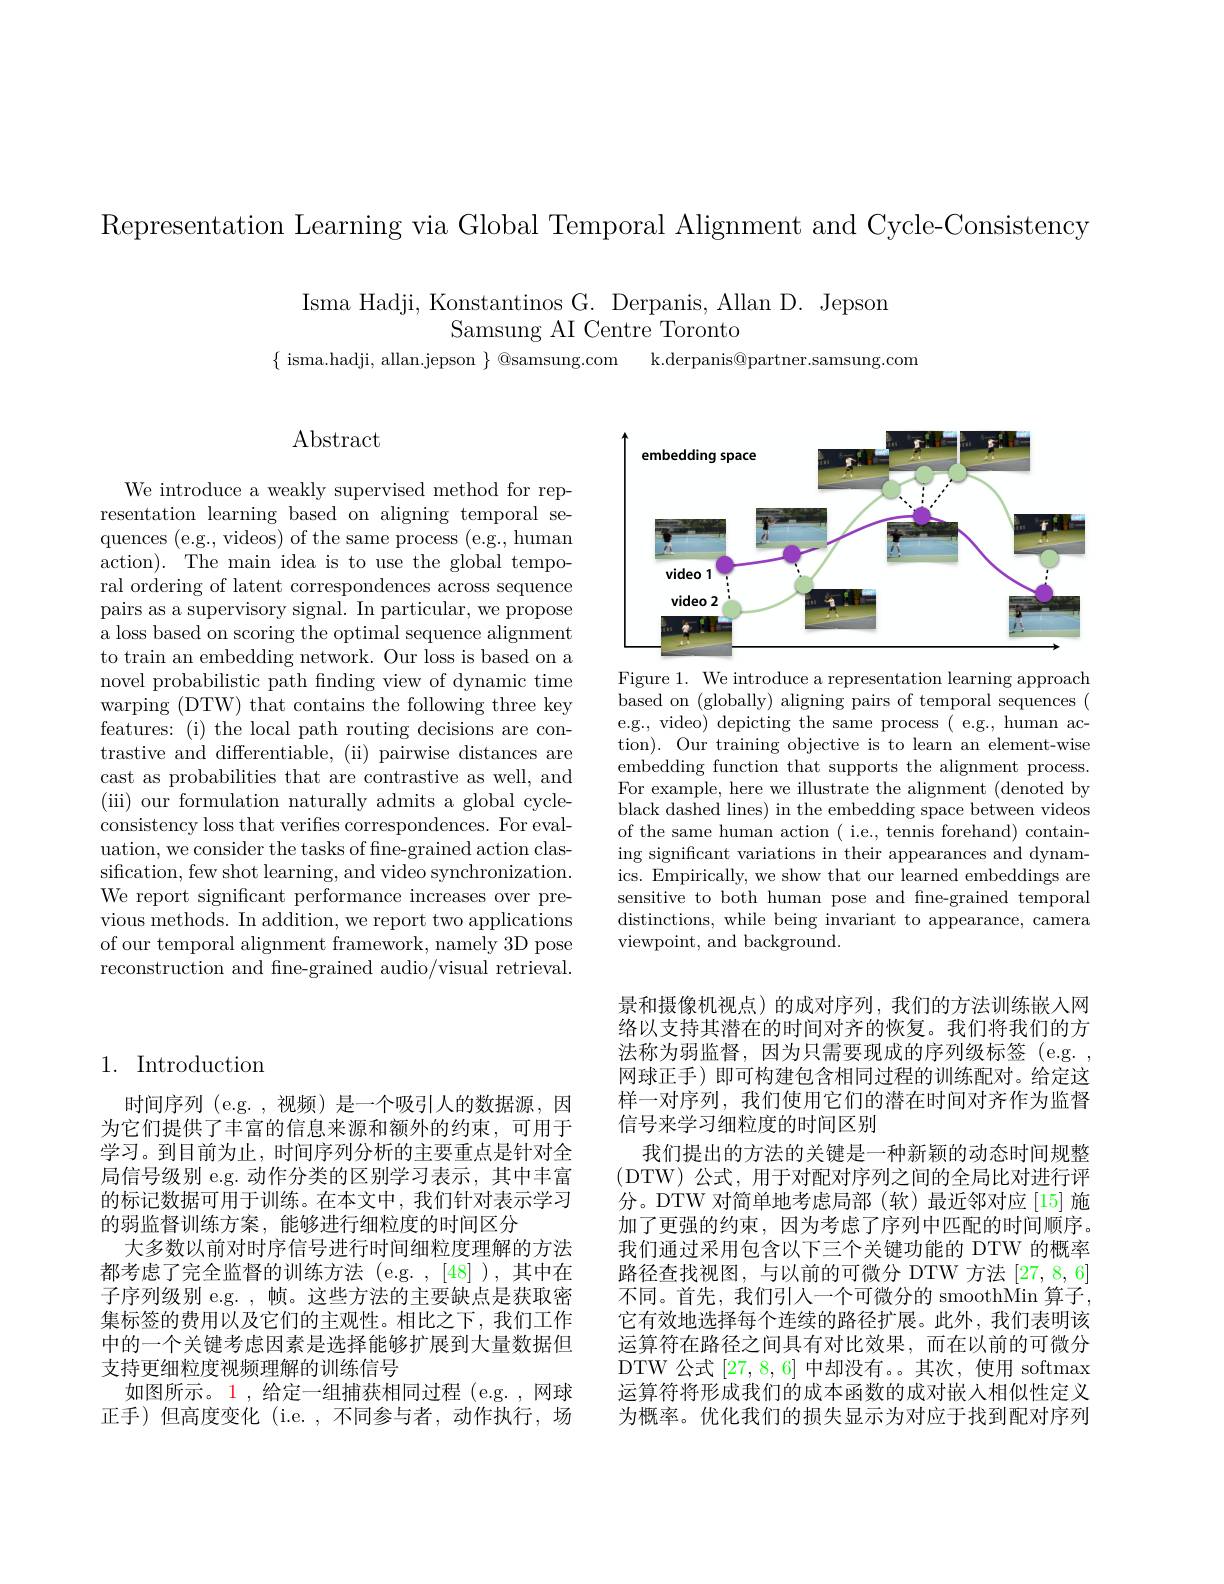
Representation Learning via Global Temporal Alignment and Cycle-Consistency

Isma Hadji, Konstantinos G. Derpanis, Allan D. Jepson
Samsung AI Centre Toronto

$\{$ isma.hadji, allan.jepson $\}$ @samsung.com

k.derpanis@partner.samsung.com

## 1. Introduction

时间序列 (e.g. ,视频) 是一个吸引人的数据源，因为它们提供了丰富的信息来源和额外的约束，可用于学习。到目前为止，时间序列分析的主要重点是针对全局信号级别 e.g. 动作分类的区别学习表示，其中丰富的标记数据可用于训练。在本文中，我们针对表示学习的弱监督训练方案，能够进行细粒度的时间区分
大多数以前对时序信号进行时间细粒度理解的方法都考虑了完全监督的训练方法(e.g.,[48]),其中在子序列级别 e.g. , 帧。这些方法的主要缺点是获取密集标签的费用以及它们的主观性。相比之下，我们工作中的一个关键考虑因素是选择能够扩展到大量数据但支持更细粒度视频理解的训练信号
如图所示。1,给定一组捕获相同过程(e.g.,网球正手)但高度变化 (i.e.,不同参与者，动作执行，场

# $\operatorname{Abstract}$

We introduce a weakly supervised method for representation learning based on aligning temporal sequences (e.g., videos) of the same process (e.g., human action). The main idea is to use the global temporal ordering of latent correspondences across sequence pairs as a supervisory signal. In particular, we propose a loss based on scoring the optimal sequence alignment to train an embedding network. Our loss is based on a novel probabilistic path fnding view of dynamic time warping (DTW) that contains the following three key features: (i) the local path routing decisions are contrastive and differentiable, (ii) pairwise distances are cast as probabilities that are contrastive as well, and (iii) our formulation naturally admits a global cycleconsistency loss that verifies correspondences. For evaluation, we consider the tasks of fine-grained action classification, few shot learning, and video synchronization. We report significant performance increases over previous methods. In addition, we report two applications of our temporal alignment framework, namely 3D pose reconstruction and fine-grained audio/visual retrieval.

<FigureHere>

Figure 1. We introduce a representation learning approach based on (globally) aligning pairs of temporal sequences ( e.g., video) depicting the same process( e.g., human action). Our training objective is to learn an element-wise embedding function that supports the alignment process. For example, here we illustrate the alignment (denoted by black dashed lines) in the embedding space between videos of the same human action ( i.e., tennis forehand) containing significant variations in their appearances and dynamics. Empirically, we show that our learned embeddings are sensitive to both human pose and fne-grained temporal distinctions, while being invariant to appearance, camera viewpoint, and background.

景和摄像机视点)的成对序列，我们的方法训练嵌入网络以支持其潜在的时间对齐的恢复。我们将我们的方法称为弱监督，因为只需要现成的序列级标签(e.g. , 网球正手)即可构建包含相同过程的训练配对。给定这样一对序列，我们使用它们的潜在时间对齐作为监督信号来学习细粒度的时间区别
我们提出的方法的关键是一种新颖的动态时间规整(DTW)公式，用于对配对序列之间的全局比对进行评分。DTW 对简单地考虑局部 (软)最近邻对应 [15] 施加了更强的约束，因为考虑了序列中匹配的时间顺序。我们通过采用包含以下三个关键功能的 DTW 的概率路径查找视图，与以前的可微分 DTW 方法[27,8,6] 不同。首先，我们引人一个可微分的 smoothMin 算子， 它有效地选择每个连续的路径扩展。此外，我们表明该运算符在路径之间具有对比效果，而在以前的可微分DTW 公式 [27,8,6] 中却没有。。其次，使用 softmax 运算符将形成我们的成本函数的成对嵌入相似性定义为概率。优化我们的损失显示为对应于找到配对序列